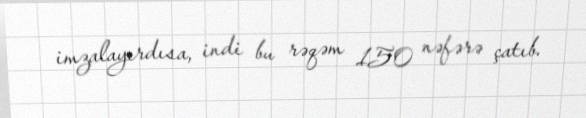
imzalayırdısa, indi bu rəqəm 150 nəfərə çatıb.